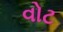
વોટ